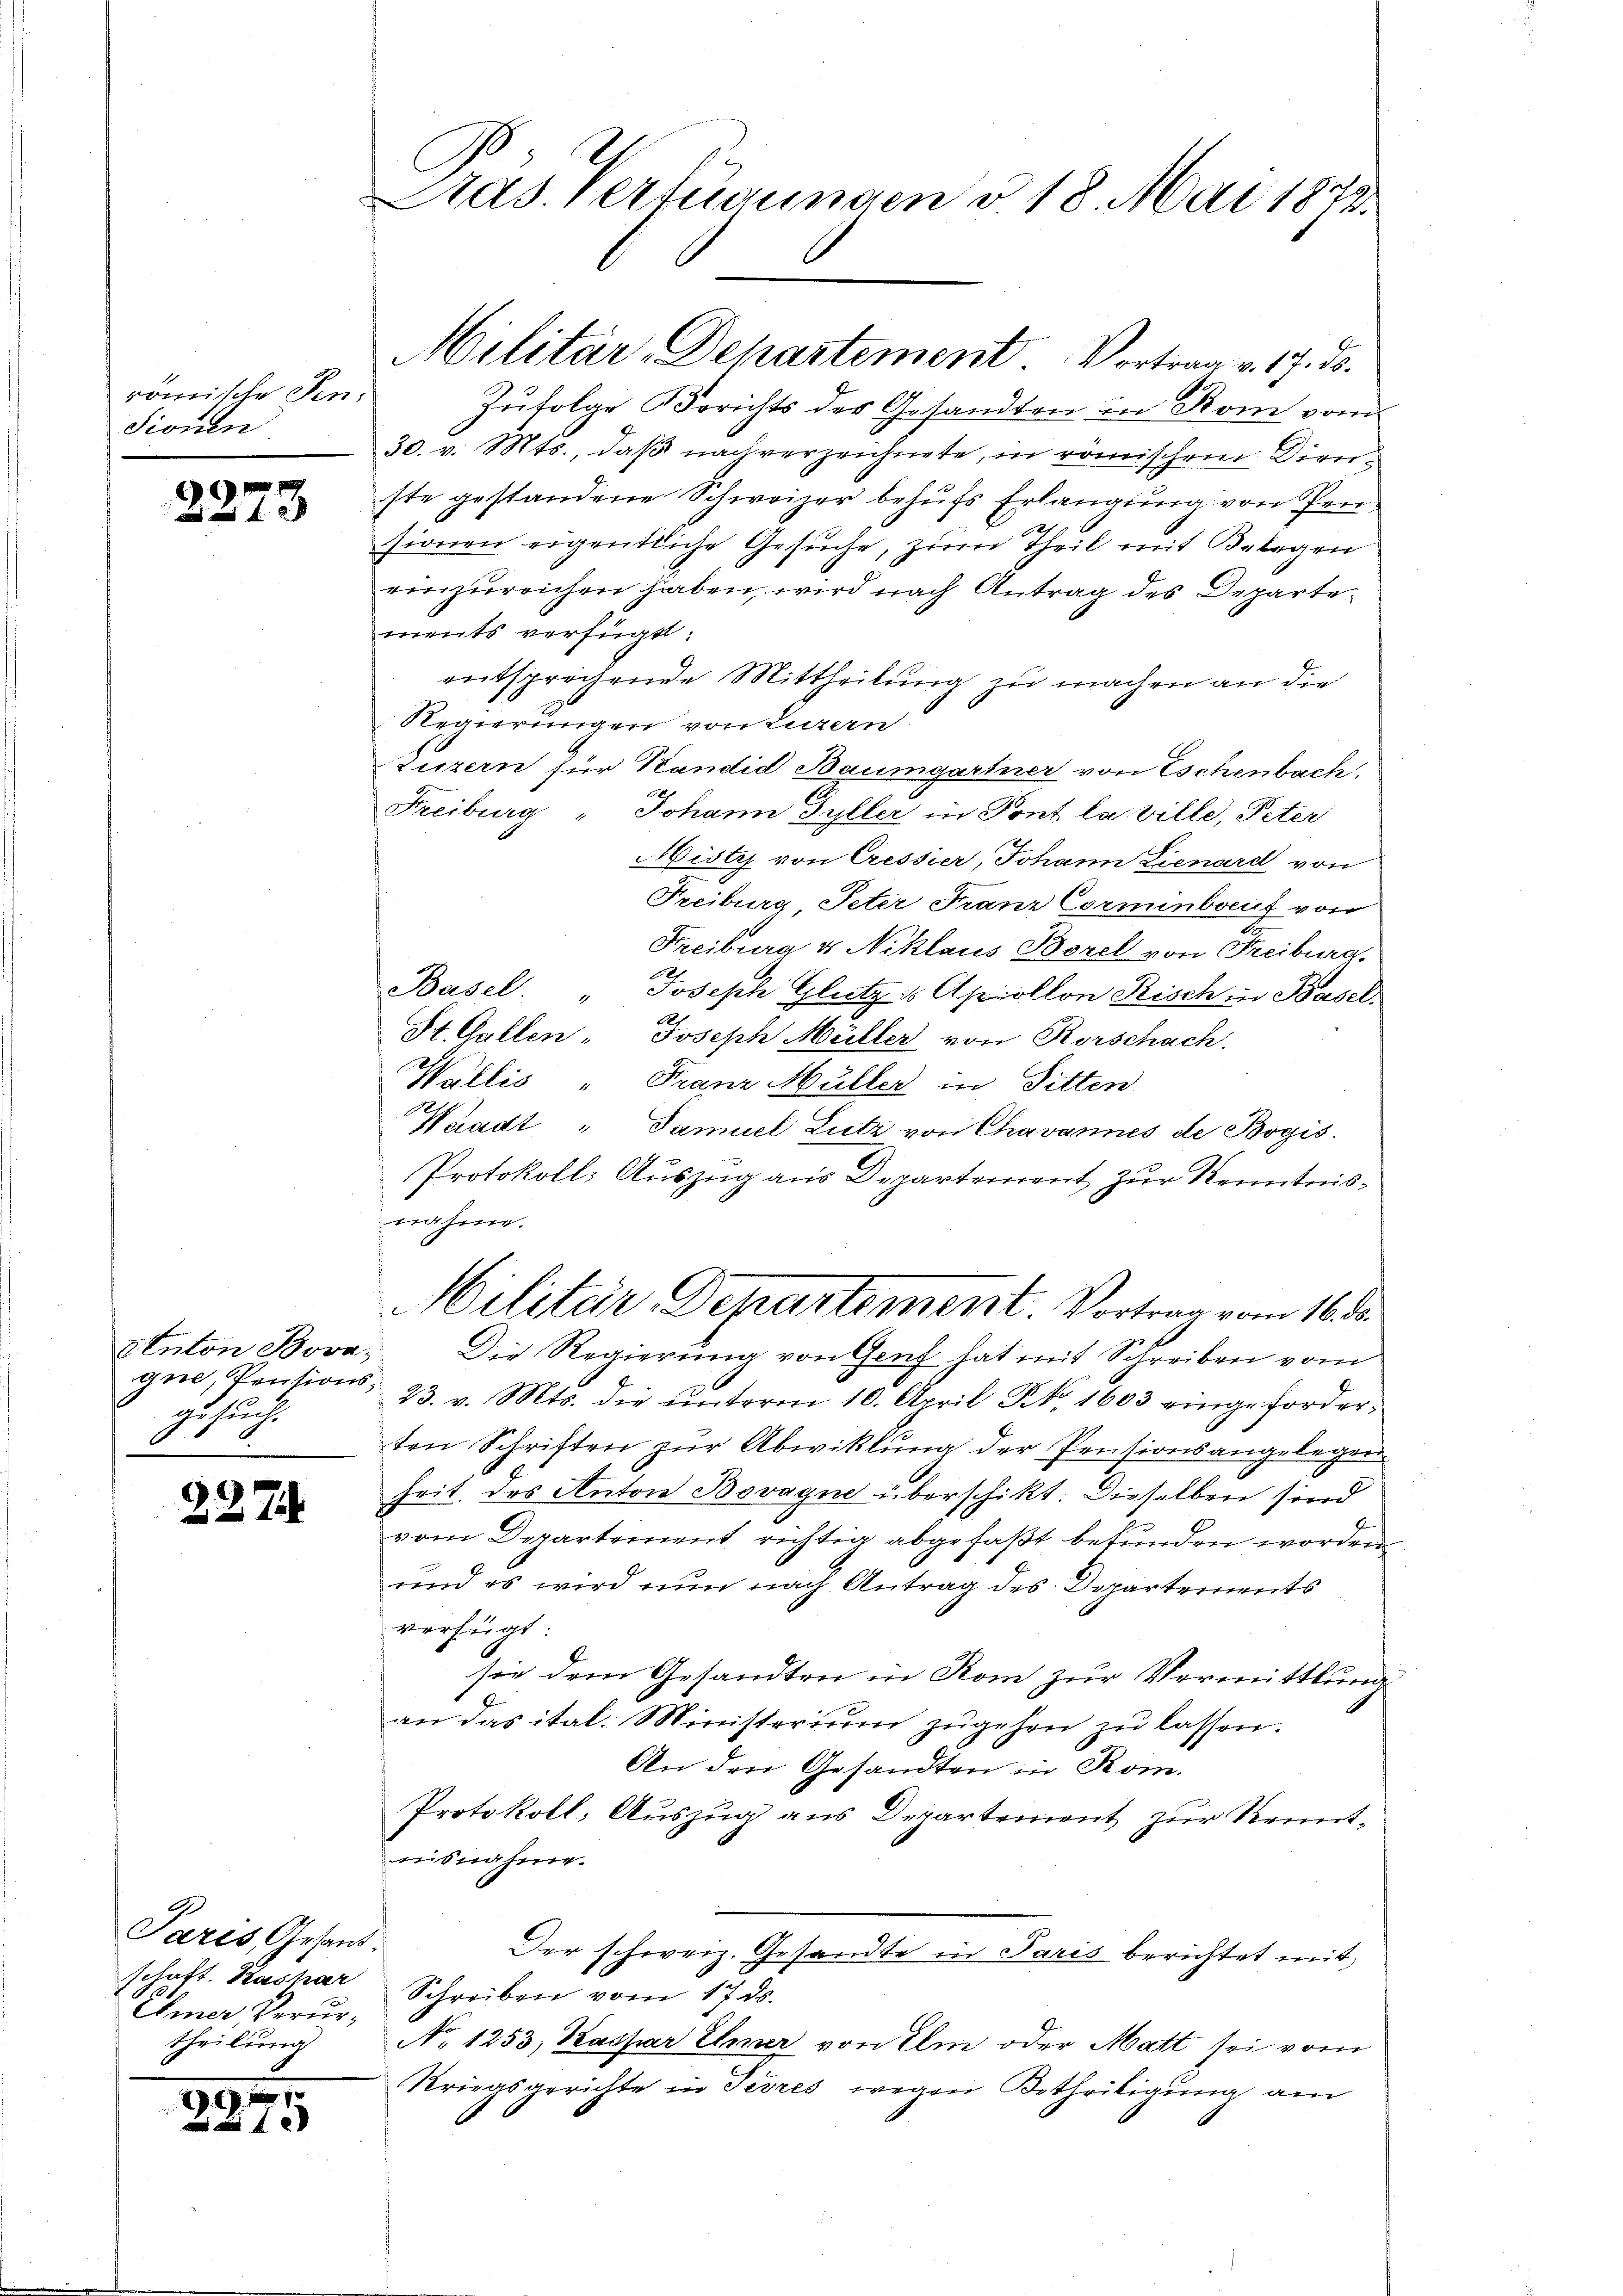
römische Fen¬
Sionen

2273

Aenton Bovaque, Pensionszusuch.

2274

Zufolge Berichts der Gesandten in Rom vom
30. v. Mts., daß nach verzeichnete, in römischen Dienste gestandene Schweizer behufs Erlangung von Pensionen eigentliche Gesuche, zum Theil mit Belegen
einzureichen haben, wird nach Antrag des Departements verfügt:
entsprechende Mittheilung zu machen an die
Regierungen von Luzern
Luzern für Kandid Baumgartner von Eschenbach.
Freiburg " Johann Füller in Pont la ville, Peter
Histy von Cressier, Johann Lienard von
Freiburg, Peter Franz Cormenbaut von
Freiburg & Niklaus Borel von Freiburg.
Basel. " Joseph Glutz & Apollon Bisch in Basel.
.
St. Gallen- Joseph Müller von Rorschach.
Wallis „Franz Müller in Sitten
Waadt "Samuel Lutz von Chavannes de Bogis
Protokolls Auszug aus Departement zur Kenntnisnahme.
Militär, Departement. Vortrag vom 16. d.
Die Regierung von Genf hat mit Schreiben vom
23. v. Mts. die unterm 10. April Frk. 1603 eingeforderten Schriften zŭr Abwicklung der Pensionsangelegen
heit des Anton Bovagne überschikt. Dieselben sind
vom Departement richtig abgefaßt befunden worden
und es wird nun nach Antrag des Departements
verfügt:
sie dem Gesandten in Rom zur Vermittlung
an das ital. Ministerium zŭgehen zŭ lassen.
An den Gesandten in Rom.
Protokoll, Auszug aus Departement zur Kenntnisnahme.
Der schweiz. Gesandte in Paris berichtet mit
schaft. Kashar Schreiben vom 17. ds.
No. 1253, Kaspar Erner von Ihm oder Matt sei vom
Kriegsgerichte in Tisres wegen Betheiligung am

Paris, Gesand
Ehmer Verurtheilung

9

Das Verfügungen v. 18. Mai 1872.

Militär-Departement. Vortrag v. 17. ds.